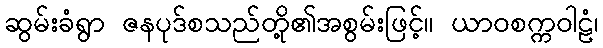
ဆွမ်းခံရွာ ဇနပုဒ်စသည်တို့၏အစွမ်းဖြင့်။ ယာဝစက္ကဝါဠံ၊